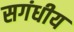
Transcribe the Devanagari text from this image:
सगंधीय